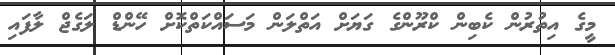
މީގެ އިތުރުން ކެބިން ކްރޫންގެ ގަޔަށް އަތްލަން މަސައްކަތްކޮށް ހޭންޑް ލަގެޖް ލާފައި